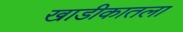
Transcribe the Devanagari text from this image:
खाडीकातला